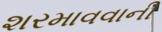
શરમાવવાની